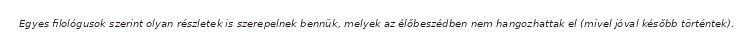
Egyes filológusok szerint olyan részletek is szerepelnek bennük, melyek az élőbeszédben nem hangozhattak el (mivel jóval később történtek).